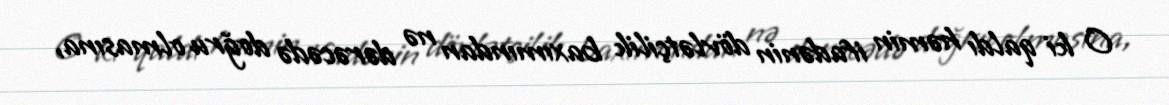
O ki qaldı həmin ifadənin dövlətçilik baxımından nə dərəcədə doğru olmasına,